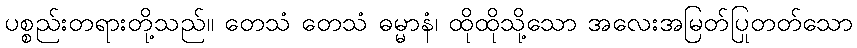
ပစ္စည်းတရားတို့သည်။ တေသံ တေသံ ဓမ္မာနံ၊ ထိုထိုသို့သော အလေးအမြတ်ပြုတတ်သော